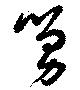
舅